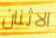
الاثنان